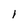
Character: l